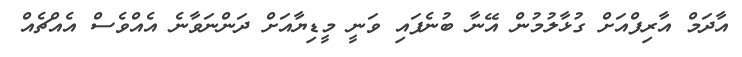
އާދަމް އާރިފްއަށް ގުޅާލުމުން އޭނާ ބުނެފައި ވަނީ މީޑިޔާއަށް ދަންނަވާނެ އެއްވެސް އެއްޗެއް